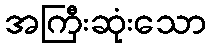
အကြီးဆုံးသော